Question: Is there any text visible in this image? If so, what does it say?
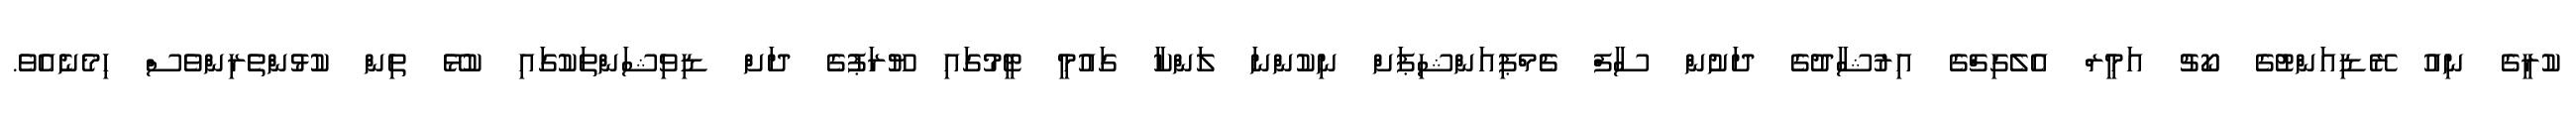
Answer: ކުރީގެ ނިއު ރޭޑިއަންޓުގެ ކޯޗު އަމީރް އެލެގިޗްގެ އިރުޝާދުގެ ދަށުން ސާފް ޗެމްޕިއަންޝިޕަށް ނިކުންނަ ލަންކާ ގައުމީ ޓީމުގައި ޔޫރަޕުގެ ދަށް ޑިވިޝަންތަކުގައި ކުޅޭ ތިން ކުޅުންތެރިންވެސް ހިމެނެއެވެ.